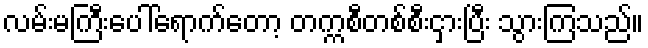
လမ်းမကြီးပေါ်ရောက်တော့ တက္ကစီတစ်စီးငှားပြီး သွားကြသည်။